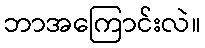
ဘာအကြောင်းလဲ။